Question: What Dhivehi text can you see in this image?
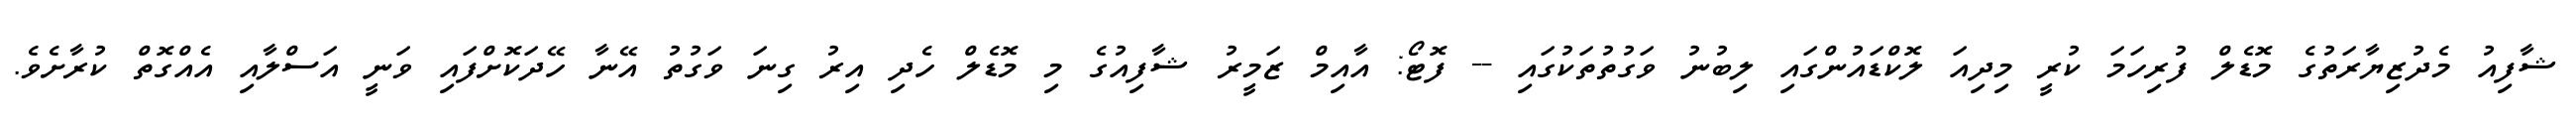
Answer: ޝާފިއު މެދުޒިޔާރަތުގެ މޮޑެލް ފުރިހަމަ ކުރީ މިދިއަ ލޮކްޑައުންގައި ލިބުނު ވަގުތުތަކުގައި -- ފޮޓޯ: އާއިމް ޒަމީރު ޝާފިއުގެ މި މޮޑެލް ހެދި އިރު ގިނަ ވަގުތު އޭނާ ހޭދަކޮށްފައި ވަނީ އަސްލާއި އެއްގޮތް ކުރާށެވެ.